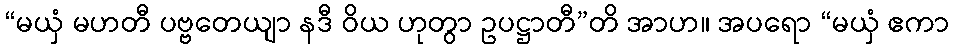
“မယှံ မဟတီ ပဗ္ဗတေယျာ နဒီ ဝိယ ဟုတွာ ဥပဋ္ဌာတီ”တိ အာဟ။ အပရော “မယှံ ဧကာ